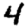
Digit: 4